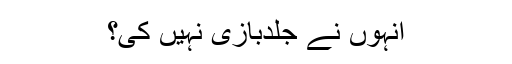
انہوں نے جلدبازی نہیں کی؟